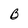
Character: B